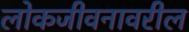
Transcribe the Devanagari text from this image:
लोकजीवनावरील